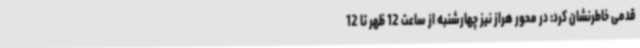
قدمی خاطرنشان کرد: در محور هراز نیز چهارشنبه از ساعت 12 ظهر تا 12